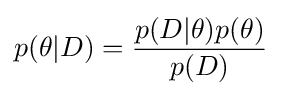
p(\theta |D)={\frac {p(D|\theta )p(\theta )}{p(D)}}